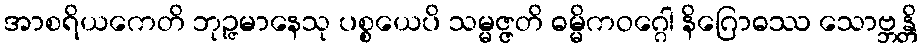
အာစရိယကေတိ ဘုဉ္ဇမာနေသု ပစ္စယေပိ သမ္မဇ္ဇတိ ဓမ္မိကဝဂ္ဂေါ နိဂြောဓဿ သောဗ္ဘန္တိ